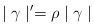
\begin{align*}\mid \gamma \mid ^{\prime }=\rho \mid \gamma \mid \end{align*}